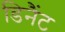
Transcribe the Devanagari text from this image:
डिनैंट